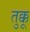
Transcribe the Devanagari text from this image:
तुक्कू